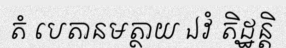
តំ បេតានមត្ថាយ ឯវំ តិដ្ឋន្តិ